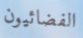
الفضائيون